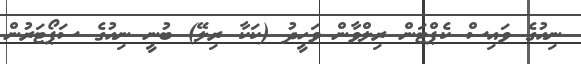
ނިއުގެ ވައިސް ކެޕްޓަން ރިލްވާން ވަހީދު (ކަކާ ރިލޭ) ބުނީ ނިއުގެ ސަޕޯޓަރުން